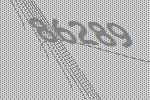
86289